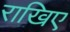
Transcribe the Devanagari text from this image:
राखिए